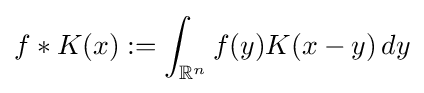
f*K(x):=\int _{\mathbb {R} ^{n}}f(y)K(x-y)\,dy